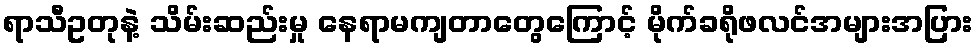
ရာသီဥတုနဲ့ သိမ်းဆည်းမှု နေရာမကျတာတွေကြောင့် မိုက်ခရိုဖလင်အများအပြား